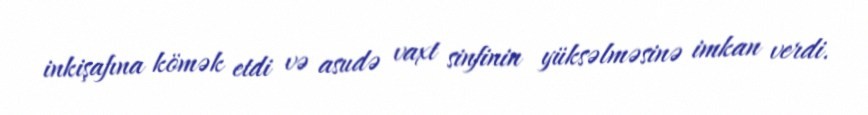
inkişafına kömək etdi və asudə vaxt sinfinin yüksəlməsinə imkan verdi.